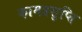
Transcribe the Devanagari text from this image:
कामप्रसुप्ति